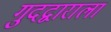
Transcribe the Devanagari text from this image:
गुदद्वाराला